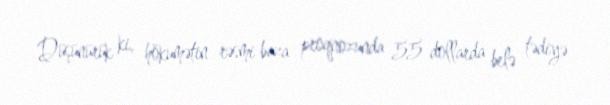
Düşünürük ki, hökumətin rəsmi baza proqnozunda 55 dollarda belə tədiyə